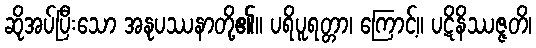
ဆိုအပ်ပြီးသော အနုပဿနာတို့၏။ ပရိပူရတ္တာ၊ ကြောင့်။ ပဋိနိဿဇ္ဇတိ၊